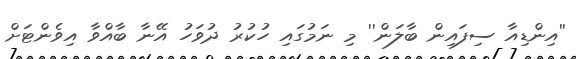
''އިންޑިއާ ސިފައިން ބާލަން'' މި ނަމުގައި ހުކުރު ދުވަހު އޭނާ ބާއްވާ އިވެންޓަށް